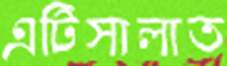
এটিসালাত